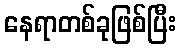
နေရာတစ်ခုဖြစ်ပြီး